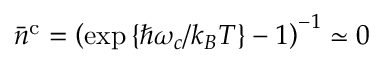
\bar { n } ^ { \mathrm { c } } = \left( \exp \left\{ \hbar \omega _ { c } / k _ { B } T \right\} - 1 \right) ^ { - 1 } \simeq 0